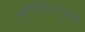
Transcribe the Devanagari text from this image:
फोरैमिनीफेरों